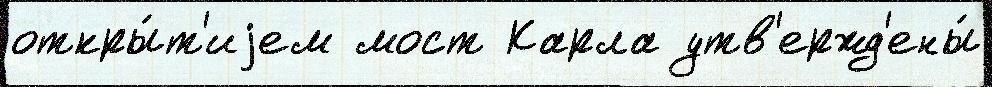
откры́т'иjем мост Карла утв'ержд'ены́